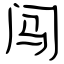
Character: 闯